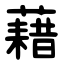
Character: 藉